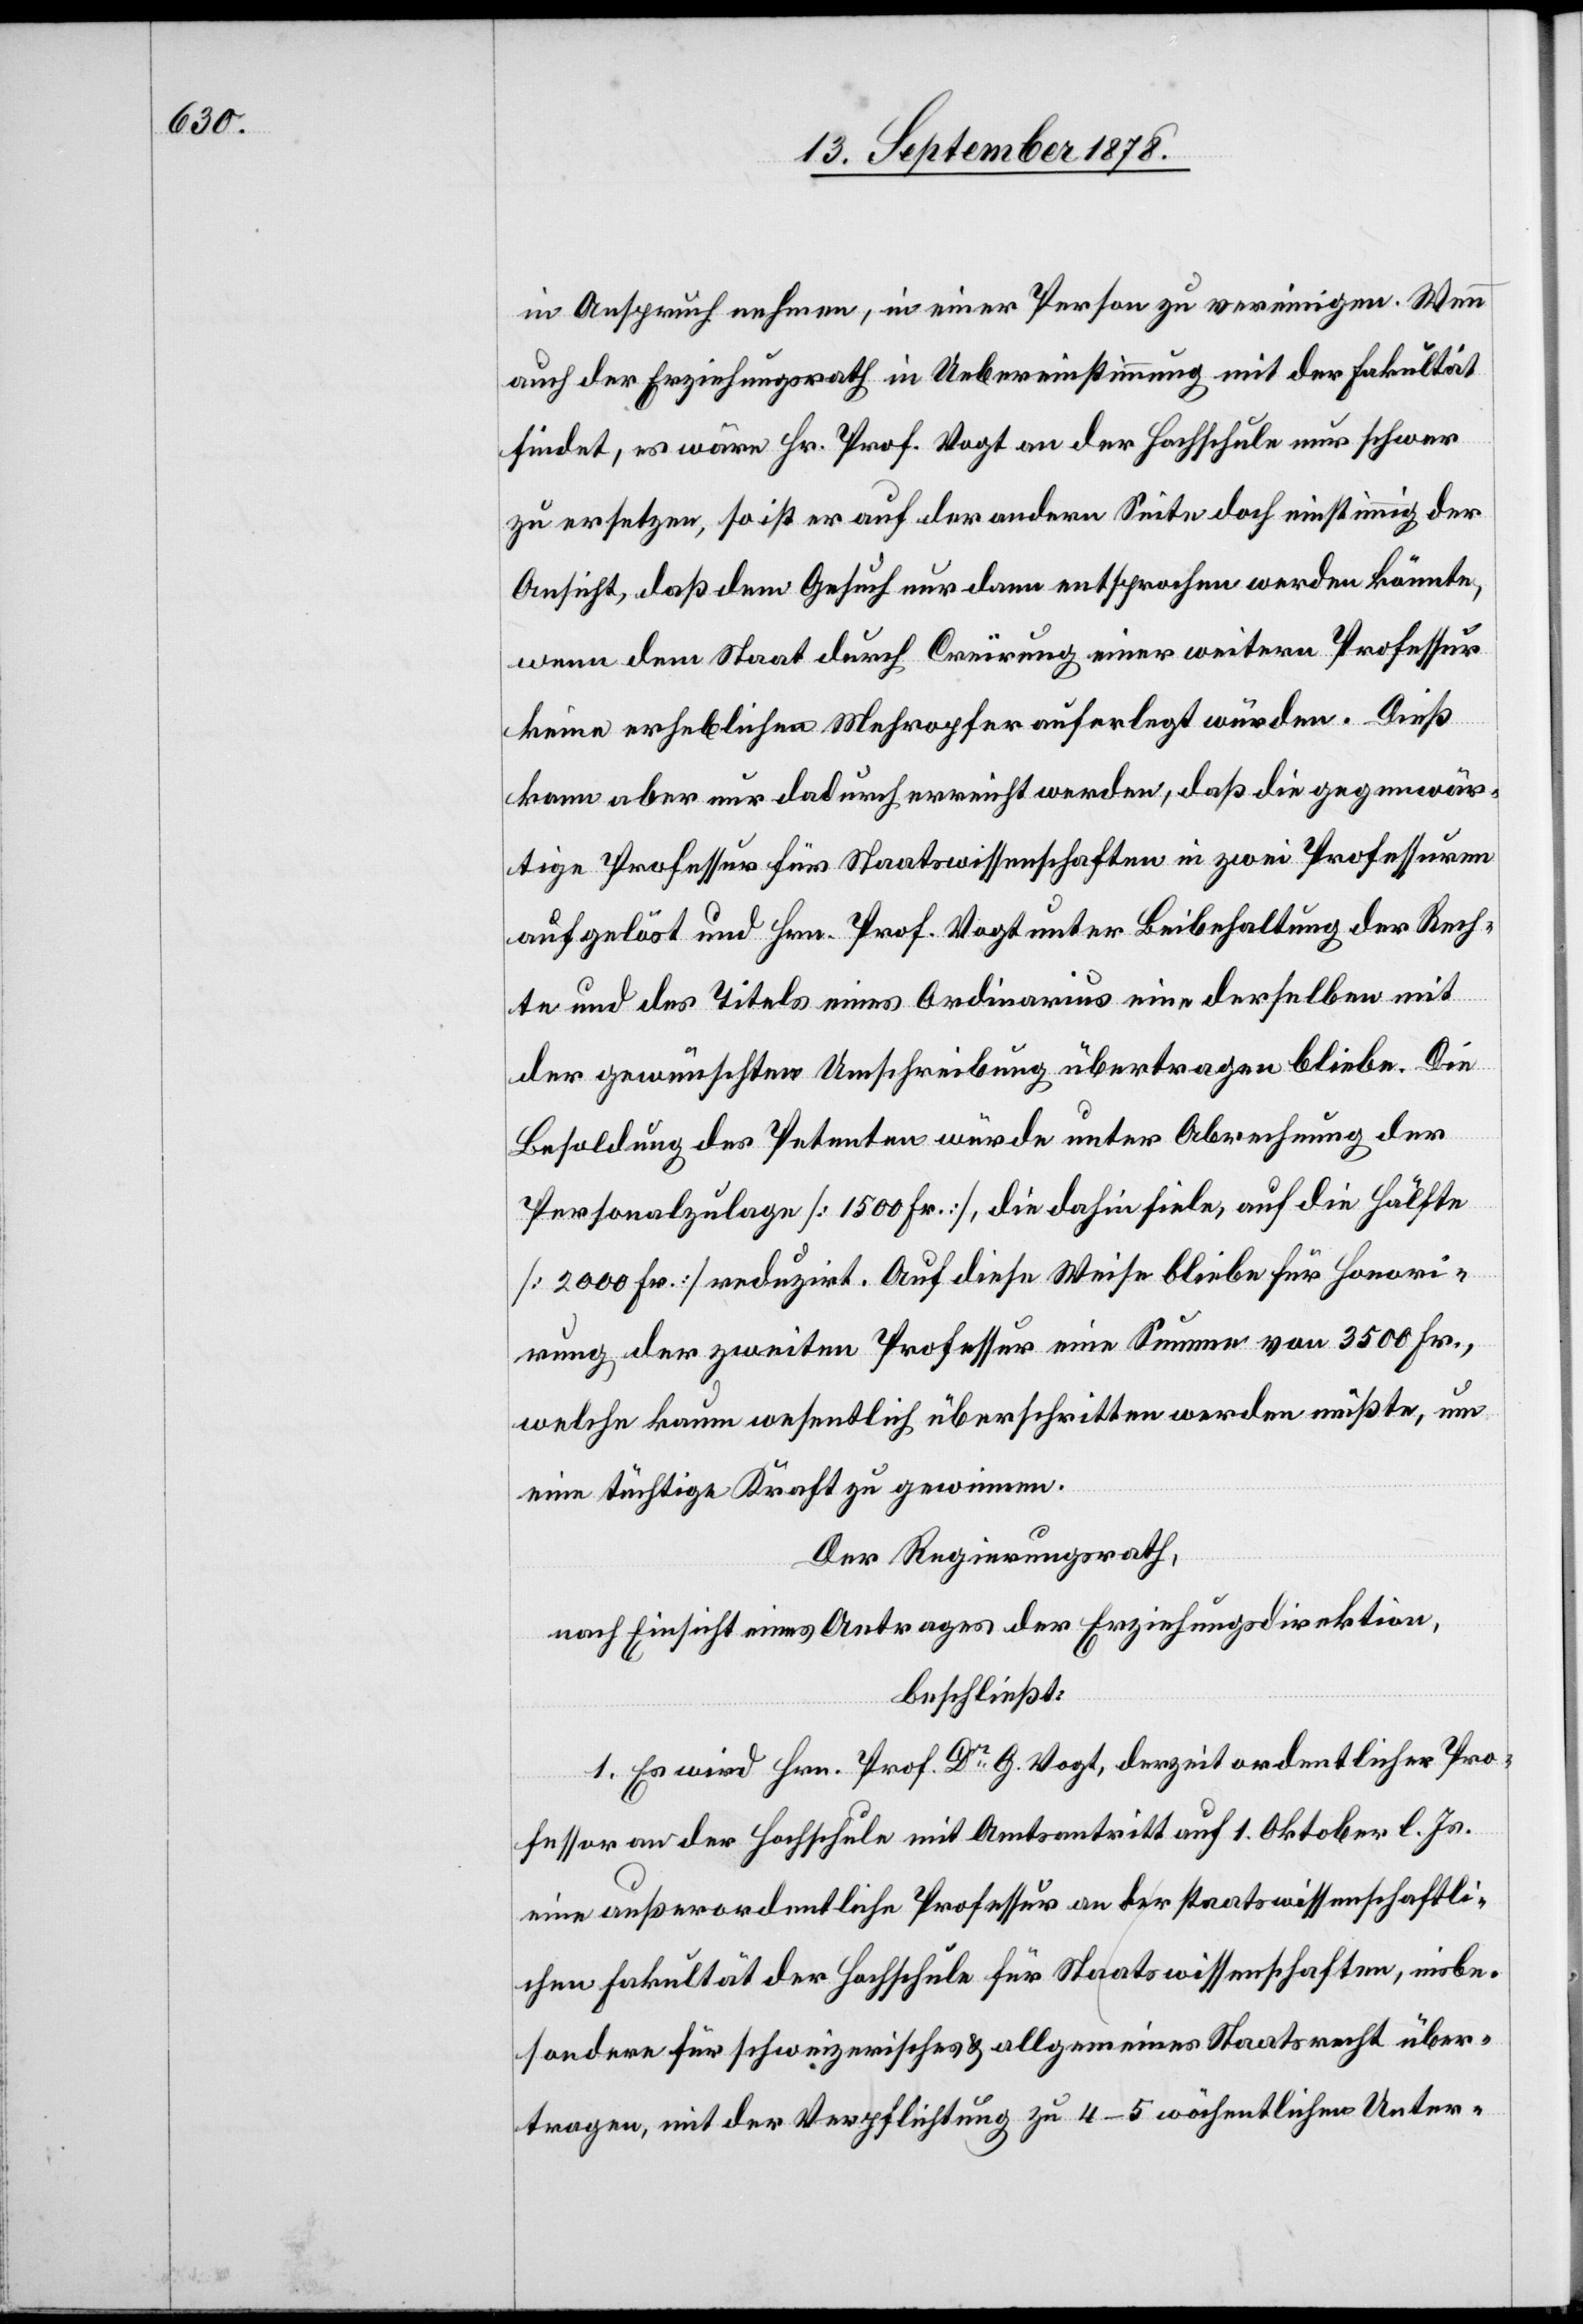
in Anspruch nehmen, in einer Person zu vereinigen. Wenn
auch der Erziehungsrath in Uebereinstimmung mit der Fakultät
findet, es wäre Hr. Prof. Vogt an der Hochschule nur schwer
zu ersetzen, so ist er auf der andern Seite doch einstimmig der
Ansicht, daß dem Gesuch nur dann entsprochen werden könnte,
wenn dem Staat durch Creïrung einer weitern Professur
keine erheblichen Mehropfer auferlegt würden. Dieß
kann aber nur dadurch erreicht werden, daß die gegenwär¬
tige Professur für Staatswissenschaften in zwei Professuren
aufgelöst und Hrn. Prof. Vogt unter Beibehaltung der Rech¬
te und des Titels eines Ordinarius eine derselben mit
der gewünschten Umschreibung übertragen bliebe. Die
Besoldung des Petenten würde unter Abrechnung der
Personalzulage [1500 Fr.], die dahin fiele, auf die Hälfte
[2000 Fr.] reduzirt. Auf diese Weise bliebe für Honori¬
rung der zweiten Professur eine Summe von 3500 Fr.,
welche kaum wesentlich überschritten werden müßte, um
eine tüchtige Kraft zu gewinnen.
Der Regierungsrath,
nach Einsicht eines Antrages der Erziehungsdirektion,
beschließt:
1. Es wird Hrn. Prof. Dr G. Vogt, derzeit ordentlicher Pro¬
fessor an der Hochschule mit Amtsantritt auf 1. Oktober l. Js.
eine außerordentliche Professur an der staatswissenschaftli¬
chen Fakultät der Hochschule für Staatswissenschaften, insbe¬
sondere für schweizerisches & allgemeines Staatsrecht über¬
tragen, mit der Verpflichtung zu 4–5 wöchentlichen Unter-